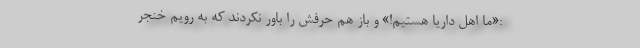
:«ما اهل داریا هستیم!» و باز هم حرفش را باور نکردند که به رویم خنجر